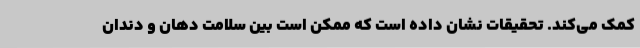
کمک می‌کند. تحقیقات نشان داده است که ممکن است بین سلامت دهان و دندان